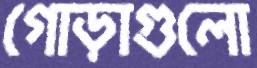
গোড়াগুলো